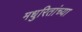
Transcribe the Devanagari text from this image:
मधुरितांच्या